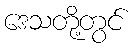
ဒေသတို့တွင်